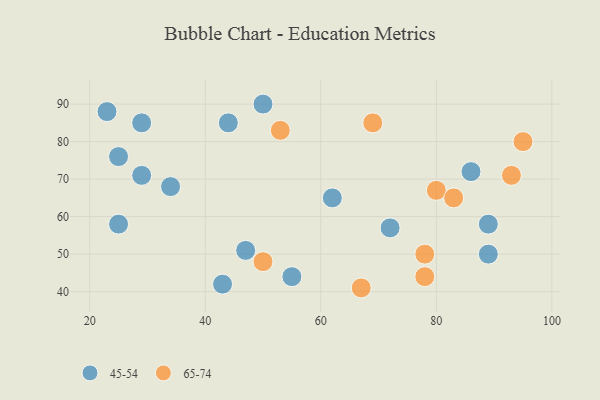
{"axis": {"x": "GDP", "y": "Life Expectancy"}, "legend": ["45-54", "65-74"], "data": [{"x": "29", "y": 85, "type": "45-54"}, {"x": "25", "y": 58, "type": "45-54"}, {"x": "25", "y": 76, "type": "45-54"}, {"x": "50", "y": 90, "type": "45-54"}, {"x": "86", "y": 72, "type": "45-54"}, {"x": "47", "y": 51, "type": "45-54"}, {"x": "43", "y": 42, "type": "45-54"}, {"x": "89", "y": 50, "type": "45-54"}, {"x": "55", "y": 44, "type": "45-54"}, {"x": "89", "y": 58, "type": "45-54"}, {"x": "34", "y": 68, "type": "45-54"}, {"x": "23", "y": 88, "type": "45-54"}, {"x": "62", "y": 65, "type": "45-54"}, {"x": "29", "y": 71, "type": "45-54"}, {"x": "44", "y": 85, "type": "45-54"}, {"x": "72", "y": 57, "type": "45-54"}, {"x": "50", "y": 48, "type": "65-74"}, {"x": "78", "y": 50, "type": "65-74"}, {"x": "53", "y": 83, "type": "65-74"}, {"x": "80", "y": 67, "type": "65-74"}, {"x": "69", "y": 85, "type": "65-74"}, {"x": "78", "y": 44, "type": "65-74"}, {"x": "95", "y": 80, "type": "65-74"}, {"x": "67", "y": 41, "type": "65-74"}, {"x": "83", "y": 65, "type": "65-74"}, {"x": "93", "y": 71, "type": "65-74"}]}